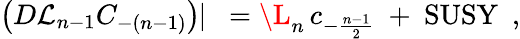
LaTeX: \left(D{\cal L}_{n-1}C_{-(n-1)}\right)\! \! \mid\ =\L_{n}\, c_{-\frac{n-1}{2}}\ +\ \mathrm{SUSY}\ \ ,